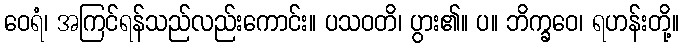
ဝေရံ၊ အကြင်ရန်သည်လည်းကောင်း။ ပသဝတိ၊ ပွား၏။ ပ။ ဘိက္ခဝေ၊ ရဟန်းတို့။